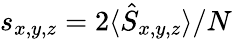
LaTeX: s_{x,y,z}=2\langle\hat{S}_{x,y,z}\rangle/N